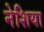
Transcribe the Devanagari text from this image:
नेशिया